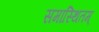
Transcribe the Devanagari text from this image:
समास्थितम्